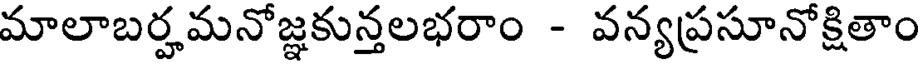
మాలాబర్హమనోజ్ఞకున్తలభరాం - వన్యప్రసూనోక్షితాం